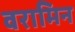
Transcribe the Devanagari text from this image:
वरामिन